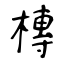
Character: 槫